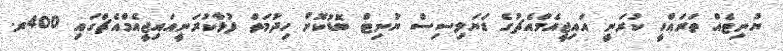
ޔުނިޓެއް ތަރައްގީ ކުރަނީ އައިޖީއެމްއެޗުގެ ޑަޔަލިސިސް ޔުނިޓް ބޮޑުކޮށް ހިދުމަތް ފުޅާކުރަނީއައިޖީއެމްއެޗްގައި 400ރ.